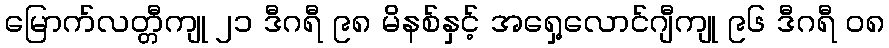
မြောက်လတ္တီကျု ၂၁ ဒီဂရီ ၉၈ မိနစ်နှင့် အရှေ့လောင်ဂျီကျု ၉၆ ဒီဂရီ ၀၈